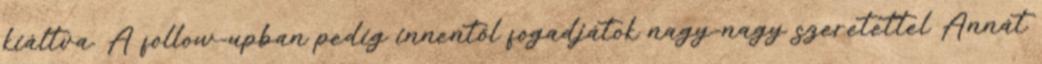
kiáltva. A follow-upban pedig innentől fogadjátok nagy-nagy szeretettel Annát